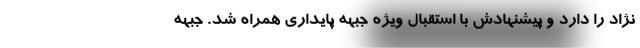
نژاد را دارد و پيشنهادش با استقبال ويژه جبهه پايدارى همراه شد. جبهه